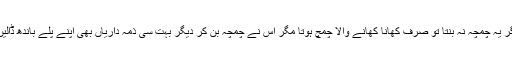
اگر یہ چمچہ نہ بنتا تو صرف کھانا کھانے والا چمچ ہوتا مگر اس نے چمچہ بن کر دیگر بہت سی ذمہ داریاں بھی اپنے پلے باندھ ڈالیں۔